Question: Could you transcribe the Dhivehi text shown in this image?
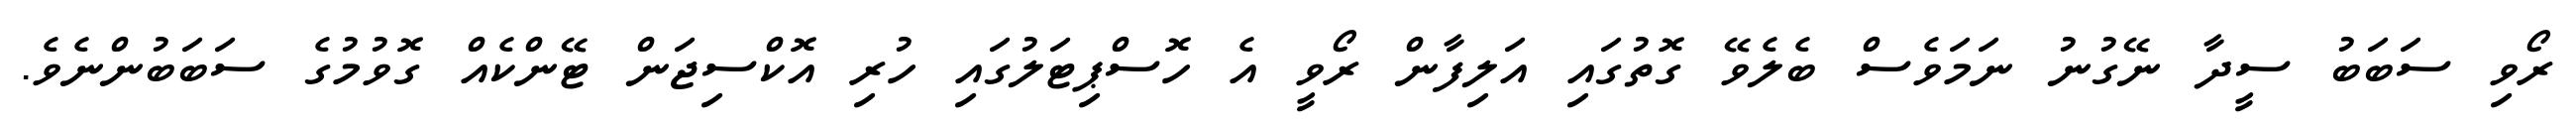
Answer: ރޯވި ސަބަބު ސީދާ ނޭގުނު ނަމަވެސް ބެލެވޭ ގޮތުގައި އަލިފާން ރޯވީ އެ ހޮސްޕިޓަލުގައި ހުރި އޮކްސިޖަން ޓޭންކެއް ގޮވުމުގެ ސަބަބުންނެވެ.